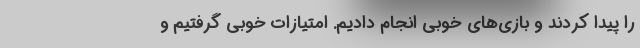
را پیدا کردند و بازی‌های خوبی انجام دادیم. امتیازات خوبی گرفتیم و